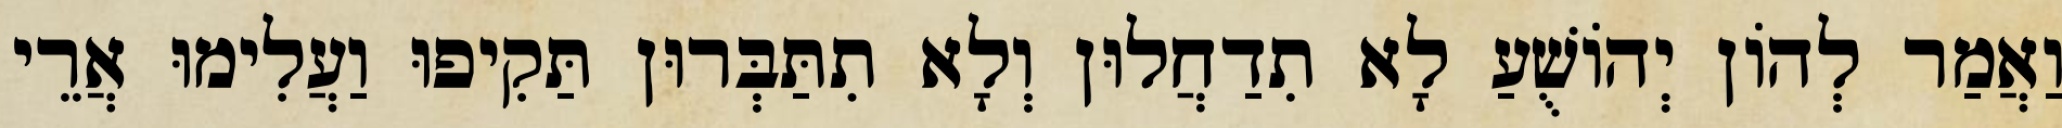
וַאֲמַר לְהוֹן יְהוֹשֻׁעַ לָא תִדַחֲלוּן וְלָא תִתַּבְּרוּן תַּקִיפוּ וַעֲלִימוּ אֲרֵי